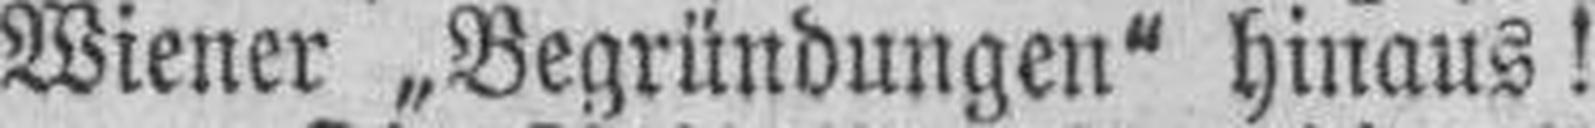
Wiener „Begründungen" hinaus!